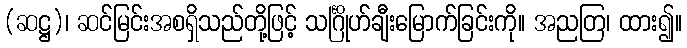
(ဆဋ္ဌ)၊ ဆင်မြင်းအစရှိသည်တို့ဖြင့် သင်္ဂြိုဟ်ချီးမြောက်ခြင်းကို။ အညတြ၊ ထား၍။